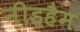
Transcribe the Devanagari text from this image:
नीडहैम